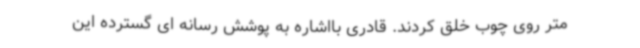
متر روی چوب خلق کردند. قادری بااشاره به پوشش رسانه ای گسترده این